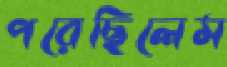
পরেছিলেম